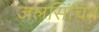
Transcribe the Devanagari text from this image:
जलसिंचित